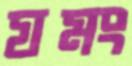
যমং